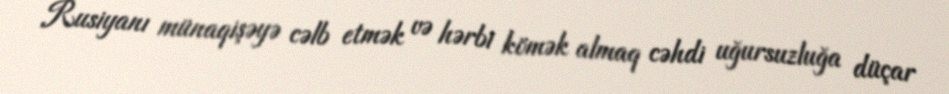
Rusiyanı münaqişəyə cəlb etmək və hərbi kömək almaq cəhdi uğursuzluğa düçar